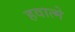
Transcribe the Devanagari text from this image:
हवात्मे